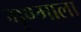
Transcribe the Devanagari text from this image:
मृण्माला